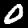
Digit: 0